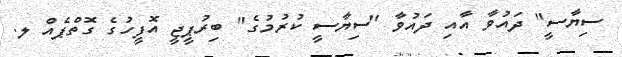
ސިޔާސީ" ދައުވާ އާއި ދައުވާ "ސިޔާސީ ކުރުމުގެ" ބިރުޕީޖީ އޮފީހުގެ ގޮތްޕެއް ލ.